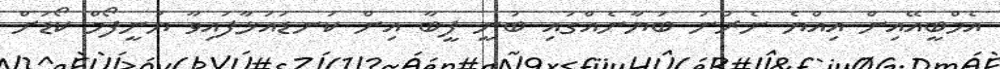
އެމްބީއޭއިން އިއްޔެ ނެރުނު ބަޔާނެއްގައި ބުނީ ފީބާ އިން ކަނޑައަޅާފައިވާ ޔުނީފޯމް ކޯޑަށް